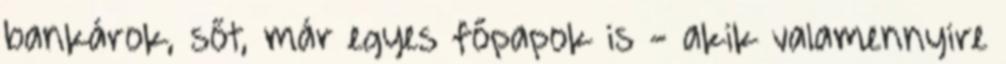
bankárok, sőt, már egyes fő­papok is - akik valamennyire